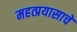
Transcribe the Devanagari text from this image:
महत्प्रयासाचे